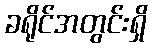
ခရိုင်အတွင်းရှိ